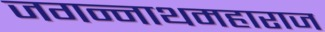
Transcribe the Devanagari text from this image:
जगन्नाथमहाराज